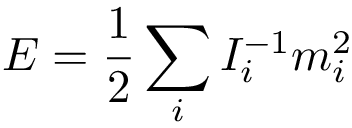
E = \frac 1 2 \sum _ { i } I _ { i } ^ { - 1 } m _ { i } ^ { 2 }